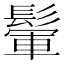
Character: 𩮔